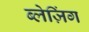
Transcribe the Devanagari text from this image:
ब्लेज़िंग